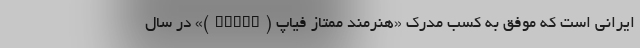
ایرانی است که موفق به کسب مدرک «هنرمند ممتاز فیاپ (EFIAP)» در سال